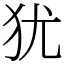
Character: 犹